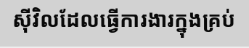
ស៊ីវិលដែលធ្វើការងារក្នុងគ្រប់